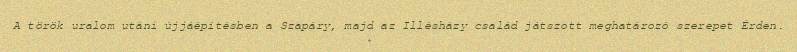
A török uralom utáni újjáépítésben a Szapáry, majd az Illésházy család játszott meghatározó szerepet Érden.